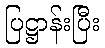
ပြဋ္ဌာန်းပြီး